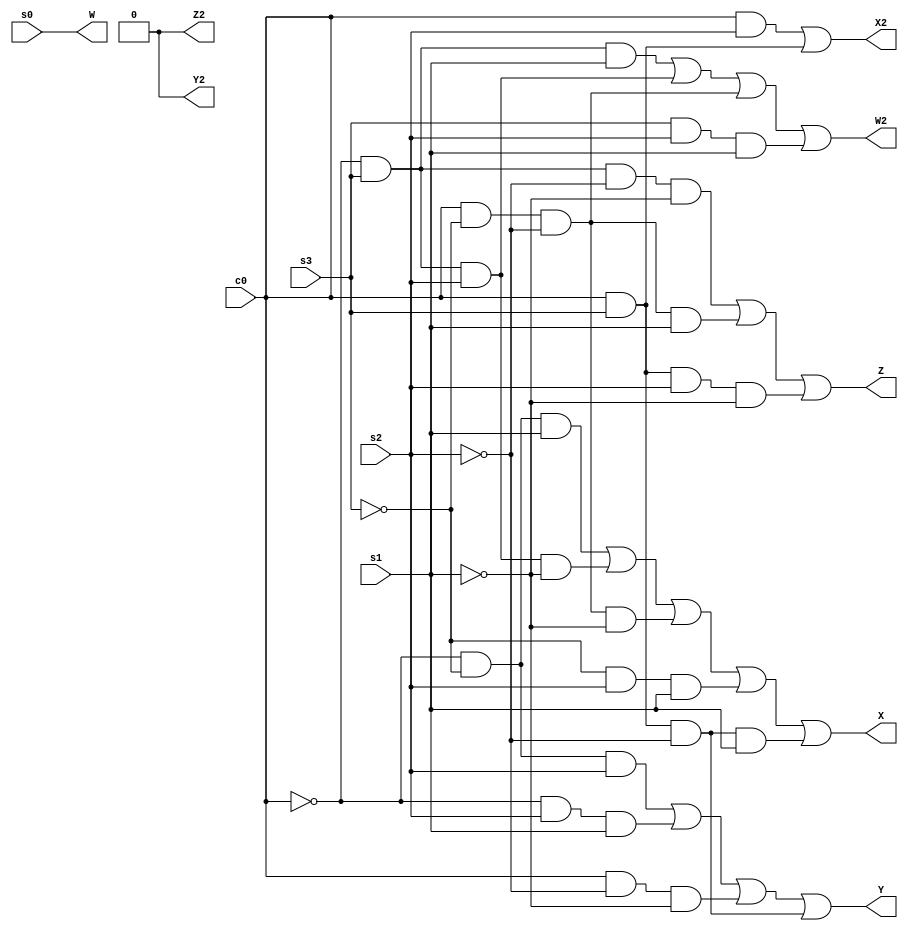
module binary_decimal_converter(s0, s1, s2, s3, c0, Z2, Y2, X2, W2, Z, Y, X, W);
	input s0, s1, s2, s3, c0;
	output Z2, Y2, X2, W2, Z, Y, X, W;
	
	assign Z2 = 0;
	assign Y2 = 0;
	assign X2 = (c0 & s2) | (c0 & s3);
	assign W2 = (~c0 & s3 & s1) | (~c0 & s3 & s2) | (c0 & ~s3 & ~s2) | (s3 & s2 & s1);
	
	assign Z = (~c0 & s3 & ~s2 & ~s1) | (c0 & ~s3 & ~s2 & s1) | (c0 & s3 & s2 & ~s1);
	assign Y = (~c0 & ~s3 & s2) | (~c0 & s2 & s1) | (c0 & ~s2 & ~s1) | (c0 & s3 & ~s2);
	assign X = (~c0 & ~s3 & s1) | (~c0 & s3 & s2 & ~s1) | (c0 & ~s3 & ~s2 & ~s1) | (~s3 & s2 & s1) | (c0 & s3 & ~s2 & s1);
	assign W = (s0);
	
endmodule